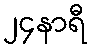
၂၄နာရီ